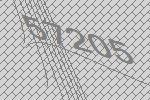
57205